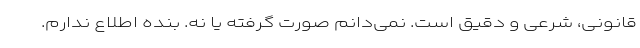
قانونی، شرعی و دقیق است. نمی‌دانم صورت گرفته یا نه. بنده اطلاع ندارم.